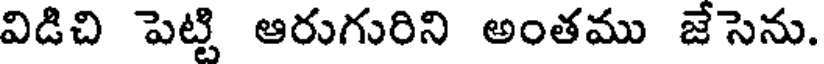
విడిచి పెట్టి ఆరుగురిని అంతము జేసెను.